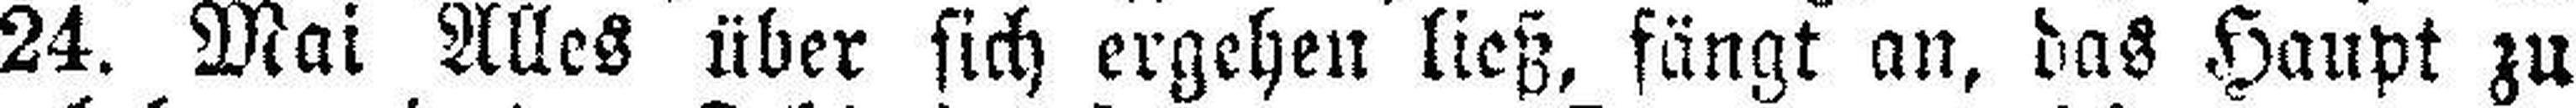
24. Mai Alles über sich ergehen ließ, fängt an, das Haupt zu